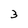
Character: 3